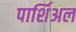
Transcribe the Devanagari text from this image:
पार्शिअल